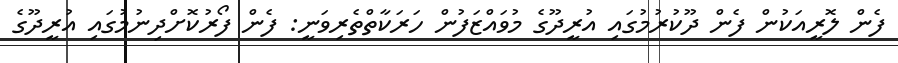
ފެން ލޮރީއަކުން ފެން ދޫކުރުމުގައި އުރީދޫގެ މުވައްޒަފުން ހަރަކާތްތެރިވަނީ: ފެން ފޯރުކޮށްދިނުމުގައި އުރީދޫގެ